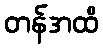
တန်အထိ